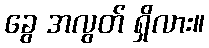
ခွေ အလွတ် ရှိလား။